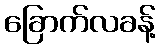
ခြောက်လခန့်